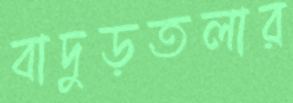
বাদুড়তলার